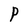
Character: P